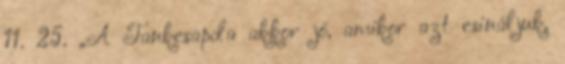
11. 25. „A Tankcsapda akkor jó, amikor azt csináljuk,